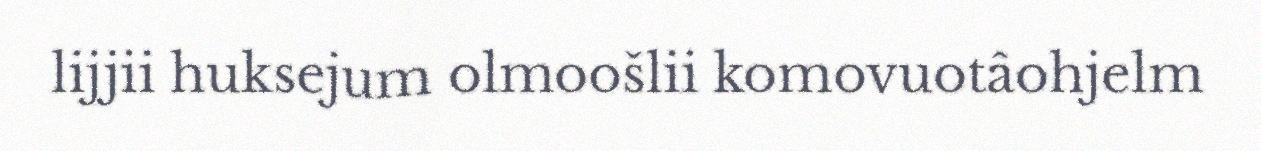
lijjii huksejum olmoošlii komovuotâohjelm